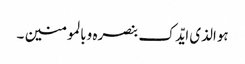
ہوالذی ایّدک بنصرہ وبالمومنین ۔